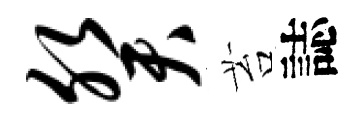
癸苔誌